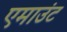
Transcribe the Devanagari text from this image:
एमाउंट